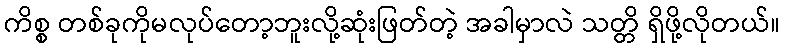
ကိစ္စ တစ်ခုကိုမလုပ်တော့ဘူးလို့ဆုံးဖြတ်တဲ့ အခါမှာလဲ သတ္တိ ရှိဖို့လိုတယ်။